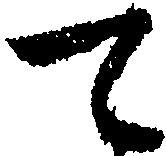
て